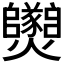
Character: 𱬱